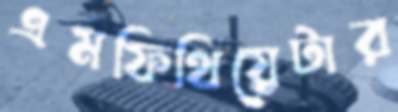
এমফিথিয়েটার